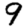
Digit: 9